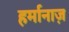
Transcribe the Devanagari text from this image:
हर्मानाज़